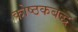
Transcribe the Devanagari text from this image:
कोष्ठकबद्ध